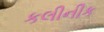
કલીનીક